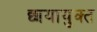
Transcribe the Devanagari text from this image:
छायायुक्‍त